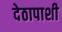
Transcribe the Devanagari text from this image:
देठापाशी